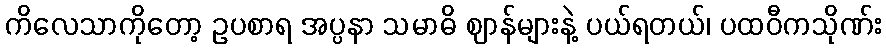
ကိလေသာကိုတော့ ဥပစာရ အပ္ပနာ သမာဓိ ဈာန်များနဲ့ ပယ်ရတယ်၊ ပထဝီကသိုဏ်း